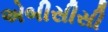
એબીસીસી